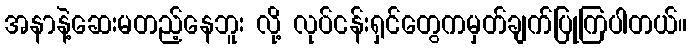
အနာနဲ့ဆေးမတည့်နေဘူး လို့ လုပ်ငန်းရှင်တွေကမှတ်ချက်ပြုကြပါတယ်။